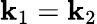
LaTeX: \mathbf{k}_{1}=\mathbf{k}_{2}